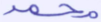
محمد